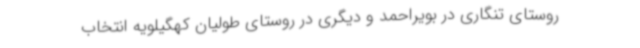
روستای تنگاری در بویراحمد و دیگری در روستای طولیان کهگیلویه انتخاب